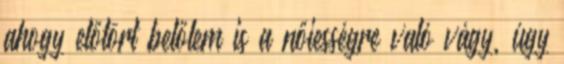
ahogy előtört belőlem is a nőiességre való vágy, úgy